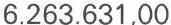
6.263.631,00